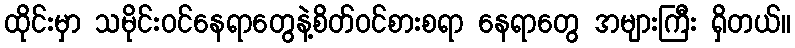
ထိုင်းမှာ သမိုင်းဝင်နေရာတွေနဲ့စိတ်ဝင်စားစရာ နေရာတွေ အများကြီး ရှိတယ်။